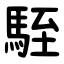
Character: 駤